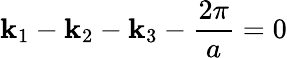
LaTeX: \mathbf{k}_{1}-\mathbf{k}_{2}-\mathbf{k}_{3}-\frac{{2\pi}}{{a}}=0